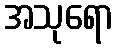
အသုရော